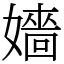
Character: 嬙